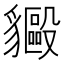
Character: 𬥍